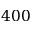
4 0 0